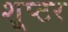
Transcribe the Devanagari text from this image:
शूप्टर